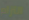
التزام